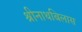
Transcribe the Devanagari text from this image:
श्रीनाथबिलास